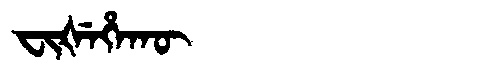
Manchu: ᠸᡳᡧᡝᡥᠠᡴᡡ
Romanization: FIŠEHAKŪ